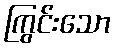
ကြွင်းသော